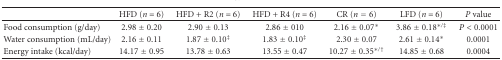
|  | HFD (n = 6) | HFD + R2 (n = 6) | HFD + R4 (n = 6) | CR (n = 6) | LFD (n = 6) | P value |
 | --- | --- | --- | --- | --- | --- | --- |
 | Food consumption (g/day) | 2.98 ± 0.20 | 2.90 ± 0.13 | 2.86 ± 010 | 2.16 ± 0.07* | 3.86 ± 0.18∗/‡ | P < 0.0001 |
 | Water consumption (mL/day) | 2.16 ± 0.11 | 1.87 ± 0.10‡ | 1.83 ± 0.10‡ | 2.30 ± 0.07 | 2.61 ± 0.14* | 0.0001 |
 | Energy intake (kcal/day) | 14.17 ± 0.95 | 13.78 ± 0.63 | 13.55 ± 0.47 | 10.27 ± 0.35∗/† | 14.85 ± 0.68 | 0.0004 |